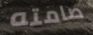
صامته